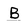
Character: B